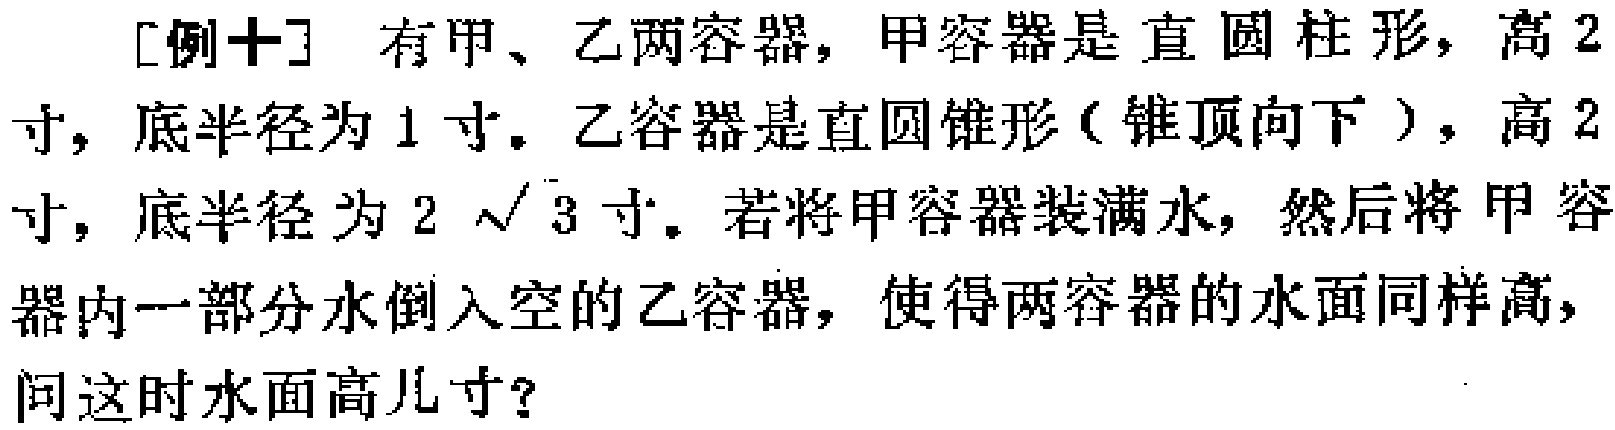
[例十] 有甲、乙两容器，甲容器是直圆柱形，高$2$寸，底半径为$1$寸。乙容器是直圆锥形（锥顶向下 ），高$2$寸，底半径为$2\sqrt{3}$寸。若将甲容器装满水，然后将甲容器内一部分水倒入空的乙容器，使得两容器的水面同样高，问这时水面高几寸？